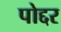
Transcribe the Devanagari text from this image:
पोद्दर